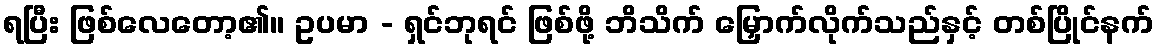
ရပြီး ဖြစ်လေတော့၏။ ဥပမာ - ရှင်ဘုရင် ဖြစ်ဖို့ ဘိသိက် မြှောက်လိုက်သည်နှင့် တစ်ပြိုင်နက်